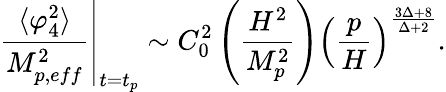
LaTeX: \left.\frac{\langle\varphi_{4}^{2}\rangle}{M_{p,eff}^{2}}\right\vert_{t=t_{p}}\sim C_{0}^{2}\left(\frac{H^{2}}{M_{p}^{2}}\right)\left(\frac{p}{H}\right)^{\frac{3\Delta+8}{\Delta+2}}.